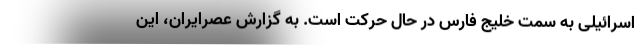
اسرائیلی به سمت خلیج فارس در حال حرکت است. به گزارش عصرایران، این